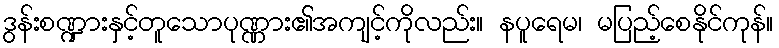
ဒွန်းစဏ္ဍားနှင့်တူသောပုဏ္ဏား၏အကျင့်ကိုလည်း။ နပူရေမ၊ မပြည့်စေနိုင်ကုန်။